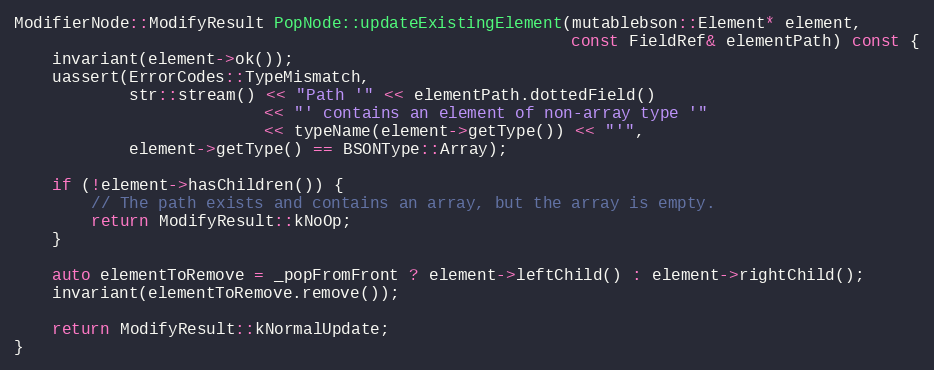
Language: C++
ModifierNode::ModifyResult PopNode::updateExistingElement(mutablebson::Element* element,
                                                          const FieldRef& elementPath) const {
    invariant(element->ok());
    uassert(ErrorCodes::TypeMismatch,
            str::stream() << "Path '" << elementPath.dottedField()
                          << "' contains an element of non-array type '"
                          << typeName(element->getType()) << "'",
            element->getType() == BSONType::Array);

    if (!element->hasChildren()) {
        // The path exists and contains an array, but the array is empty.
        return ModifyResult::kNoOp;
    }

    auto elementToRemove = _popFromFront ? element->leftChild() : element->rightChild();
    invariant(elementToRemove.remove());

    return ModifyResult::kNormalUpdate;
}